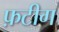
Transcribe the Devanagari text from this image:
फ़टीग